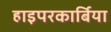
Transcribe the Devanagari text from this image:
हाइपरकार्बिया